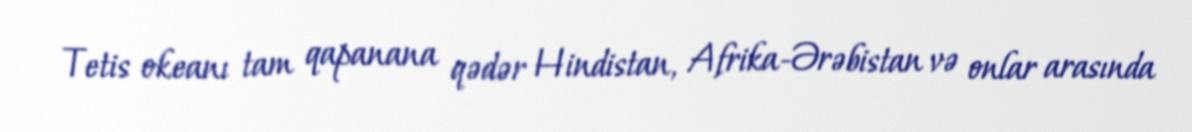
Tetis okeanı tam qapanana qədər Hindistan, Afrika-Ərəbistan və onlar arasında